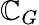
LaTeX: \mathbb{C}_{G}